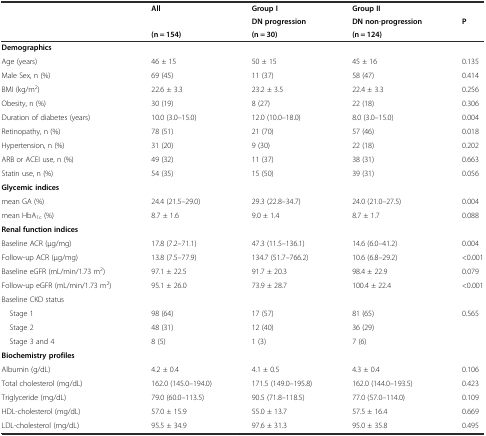
<table><thead><tr><td></td><td><b>All</b></td><td><b>Group I</b></td><td colspan="2"><b>Group II</b></td></tr><tr><td></td><td></td><td><b>DN progression</b></td><td><b>DN non-progression</b></td><td><b>P</b></td></tr><tr><td></td><td><b>(n = 154)</b></td><td><b>(n = 30)</b></td><td><b>(n = 124)</b></td><td></td></tr></thead><tbody><tr><td><b>Demographics</b></td><td></td><td></td><td></td><td></td></tr><tr><td>Age (years)</td><td>46 ± 15</td><td>50 ± 15</td><td>45 ± 16</td><td>0.135</td></tr><tr><td>Male Sex, n (%)</td><td>69 (45)</td><td>11 (37)</td><td>58 (47)</td><td>0.414</td></tr><tr><td>BMI (kg/m<sup>2</sup>)</td><td>22.6 ± 3.3</td><td>23.2 ± 3.5</td><td>22.4 ± 3.3</td><td>0.256</td></tr><tr><td>Obesity, n (%)</td><td>30 (19)</td><td>8 (27)</td><td>22 (18)</td><td>0.306</td></tr><tr><td>Duration of diabetes (years)</td><td>10.0 (3.0–15.0)</td><td>12.0 (10.0–18.0)</td><td>8.0 (3.0–15.0)</td><td>0.004</td></tr><tr><td>Retinopathy, n (%)</td><td>78 (51)</td><td>21 (70)</td><td>57 (46)</td><td>0.018</td></tr><tr><td>Hypertension, n (%)</td><td>31 (20)</td><td>9 (30)</td><td>22 (18)</td><td>0.202</td></tr><tr><td>ARB or ACEI use, n (%)</td><td>49 (32)</td><td>11 (37)</td><td>38 (31)</td><td>0.663</td></tr><tr><td>Statin use, n (%)</td><td>54 (35)</td><td>15 (50)</td><td>39 (31)</td><td>0.056</td></tr><tr><td colspan="5"><b>Glycemic indices</b></td></tr><tr><td>mean GA (%)</td><td>24.4 (21.5–29.0)</td><td>29.3 (22.8–34.7)</td><td>24.0 (21.0–27.5)</td><td>0.004</td></tr><tr><td>mean HbA<sub>1c</sub> (%)</td><td>8.7 ± 1.6</td><td>9.0 ± 1.4</td><td>8.7 ± 1.7</td><td>0.088</td></tr><tr><td colspan="5"><b>Renal function indices</b></td></tr><tr><td>Baseline ACR (μg/mg)</td><td>17.8 (7.2–71.1)</td><td>47.3 (11.5–136.1)</td><td>14.6 (6.0–41.2)</td><td>0.004</td></tr><tr><td>Follow-up ACR (μg/mg)</td><td>13.8 (7.5–77.9)</td><td>134.7 (51.7–766.2)</td><td>10.6 (6.8–29.2)</td><td>&lt;0.001</td></tr><tr><td>Baseline eGFR (mL/min/1.73 m<sup>2</sup>)</td><td>97.1 ± 22.5</td><td>91.7 ± 20.3</td><td>98.4 ± 22.9</td><td>0.079</td></tr><tr><td>Follow-up eGFR (mL/min/1.73 m<sup>2</sup>)</td><td>95.1 ± 26.0</td><td>73.9 ± 28.7</td><td>100.4 ± 22.4</td><td>&lt;0.001</td></tr><tr><td colspan="5">Baseline CKD status</td></tr><tr><td> Stage 1</td><td>98 (64)</td><td>17 (57)</td><td>81 (65)</td><td rowspan="3">0.565</td></tr><tr><td> Stage 2</td><td>48 (31)</td><td>12 (40)</td><td>36 (29)</td></tr><tr><td> Stage 3 and 4</td><td>8 (5)</td><td>1 (3)</td><td>7 (6)</td></tr><tr><td colspan="5"><b>Biochemistry profiles</b></td></tr><tr><td>Albumin (g/dL)</td><td>4.2 ± 0.4</td><td>4.1 ± 0.5</td><td>4.3 ± 0.4</td><td>0.106</td></tr><tr><td>Total cholesterol (mg/dL)</td><td>162.0 (145.0–194.0)</td><td>171.5 (149.0–195.8)</td><td>162.0 (144.0–193.5)</td><td>0.423</td></tr><tr><td>Triglyceride (mg/dL)</td><td>79.0 (60.0–113.5)</td><td>90.5 (71.8–118.5)</td><td>77.0 (57.0–114.0)</td><td>0.109</td></tr><tr><td>HDL-cholesterol (mg/dL)</td><td>57.0 ± 15.9</td><td>55.0 ± 13.7</td><td>57.5 ± 16.4</td><td>0.669</td></tr><tr><td>LDL-cholesterol (mg/dL)</td><td>95.5 ± 34.9</td><td>97.6 ± 31.3</td><td>95.0 ± 35.8</td><td>0.495</td></tr></tbody></table>